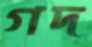
গদ